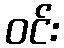
ဝင်း